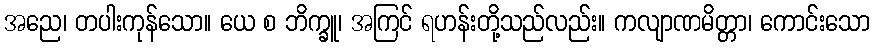
အညေ၊ တပါးကုန်သော။ ယေ စ ဘိက္ခူ၊ အကြင် ရဟန်းတို့သည်လည်း။ ကလျာဏမိတ္တာ၊ ကောင်းသော